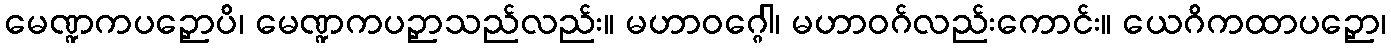
မေဏ္ဍကပဉှောပိ၊ မေဏ္ဍကပဉှာသည်လည်း။ မဟာဝဂ္ဂေါ၊ မဟာဝဂ်လည်းကောင်း။ ယေဂိကထာပဉှော၊